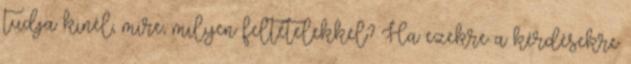
tudja kinél, mire, milyen feltételekkel? Ha ezekre a kérdésekre